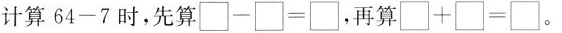
计算64-7时，先算\Box-\Box=\Box，再算\Box+\Box=\Box。